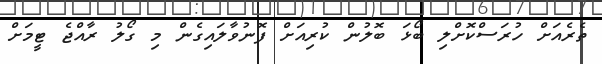
ތެރެއަށް ހުރަސްކޮށްލި ބޯޅަ ބޮލުން ކުރިއަށް ފޮނުވާލައިގެން މި ގޯލު ރާއްޖެ ޓީމަށް